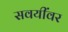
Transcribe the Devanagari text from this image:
सवयींवर